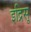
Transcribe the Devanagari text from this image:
इद्रिसू